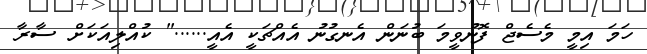
ހަމަ އިމީ މެސެޖް ފޮނުވީމަ ބުނަން އެނގުނު އެއްޗަކީ އެއީ......" ކުއްލިއަކަށް ސާރާ